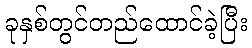
ခုနှစ်တွင်တည်ထောင်ခဲ့ပြီး